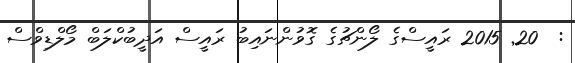
:  20